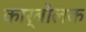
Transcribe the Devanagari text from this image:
कार्बोलक